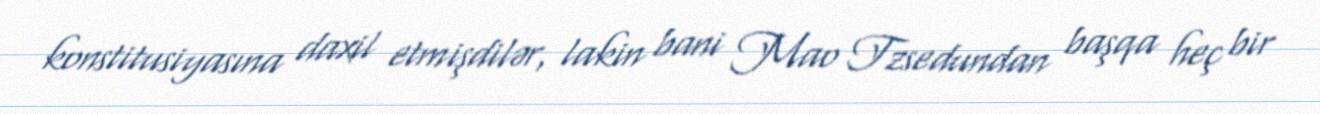
konstitusiyasına daxil etmişdilər, lakin bani Mao Tzsedundan başqa heç bir